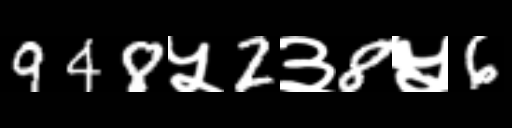
Text: 948५2३8५6